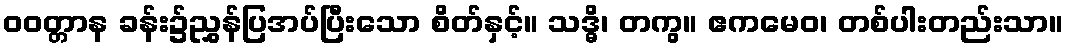
ဝဝတ္တာန ခန်း၌ညွှန်ပြအပ်ပြီးသော စိတ်နှင့်။ သဒ္ဓိ၊ တကွ။ ဧကမေဝ၊ တစ်ပါးတည်းသာ။